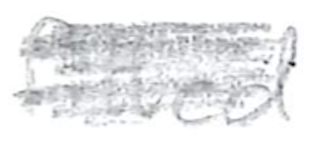
Text: fitted
Cross-out: scratch
Writing tool: pencil